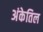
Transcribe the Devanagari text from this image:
अंकेतिल